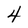
Character: 4